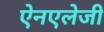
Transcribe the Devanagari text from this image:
ऐनएलेजी